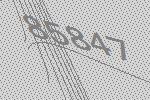
85847